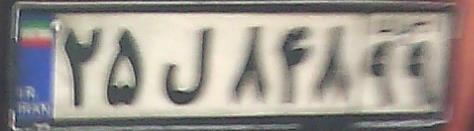
۲۵ل۸۴۸۹۹